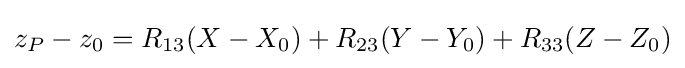
z_{P}-z_{0}=R_{13}(X-X_{0})+R_{23}(Y-Y_{0})+R_{33}(Z-Z_{0})